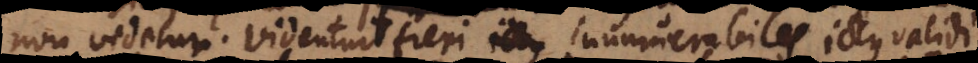
non videtur. Videntur fieri innumerabiles ictus validi